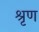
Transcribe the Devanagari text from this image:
श्रृण